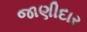
જાણીદાર